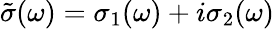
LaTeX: \tilde{\sigma}(\omega)=\sigma_{1}(\omega)+i\sigma_{2}(\omega)